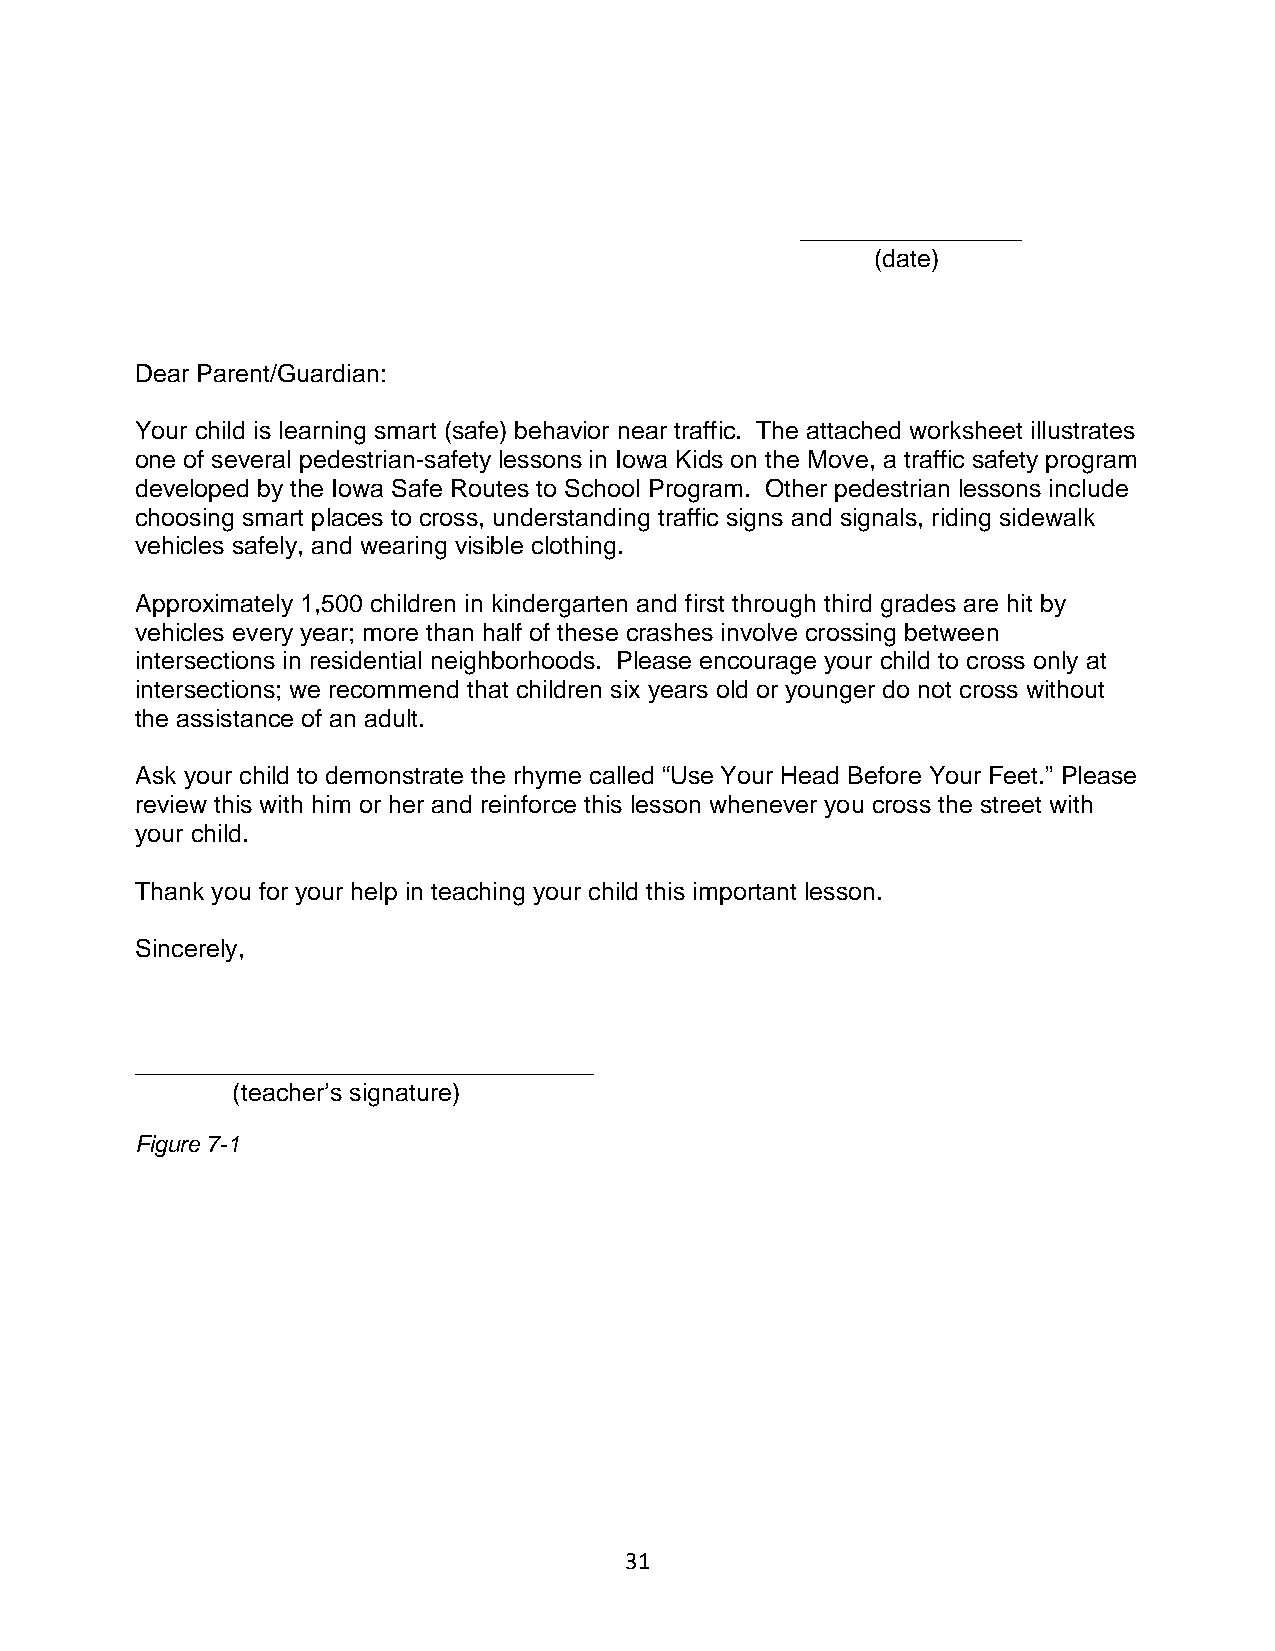
________________
 (date)
 Dear Parent/Guardian:
 Your child is learning smart (safe) behavior near traffic. The attached worksheet illustrates
 one of several pedestrian-safety lessons in Iowa Kids on the Move, a traffic safety program
 developed by the Iowa Safe Routes to School Program. Other pedestrian lessons include
 choosing smart places to cross, understanding traffic signs and signals, riding sidewalk
 vehicles safely, and wearing visible clothing.
 Approximately 1,500 children in kindergarten and first through third grades are hit by
 vehicles every year; more than half of these crashes involve crossing between
 intersections in residential neighborhoods. Please encourage your child to cross only at
 intersections; we recommend that children six years old or younger do not cross without
 the assistance of an adult.
 Ask your child to demonstrate the rhyme called “Use Your Head Before Your Feet.” Please
 review this with him or her and reinforce this lesson whenever you cross the street with
 your child.
 Thank you for your help in teaching your child this important lesson.
 Sincerely,
 _________________________________
 (teacher’s signature)
 Figure 7-1
 31